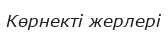
Көрнекті жерлері